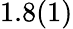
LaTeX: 1.8(1)